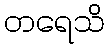
တရေသိ